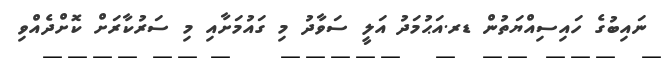
ނައިބުގެ ހައިސިއްޔަތުން ޑރ.އަޙުމަދު އަލީ ސަވާދު މި ގައުމަށާއި މި ސަރުކާރަށް ކޮށްދެއްވި